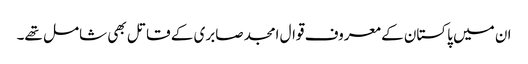
ان میں پاکستان کے معروف قوال امجد صابری کے قاتل بھی شامل تھے۔